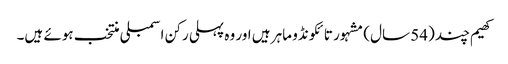
کھیم چند (54 سال) مشہور تائکونڈو ماہر ہیں اور وہ پہلی رکن اسمبلی منتخب ہوئے ہیں۔